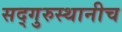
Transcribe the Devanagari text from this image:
सद्‌गुरुस्थानीच